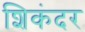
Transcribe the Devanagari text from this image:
शिकंदर